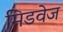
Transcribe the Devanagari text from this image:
मिडवेज